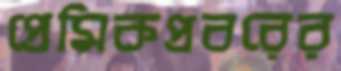
প্রেমিকপ্রবরের